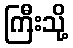
ကြီးသို့